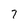
Character: 7